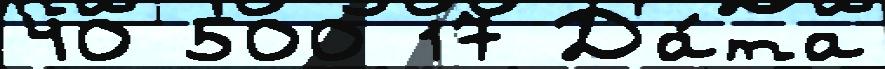
40 500 17 Да́та